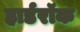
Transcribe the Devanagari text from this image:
हार्डरॉक